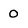
Character: O